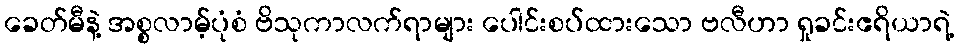
ခေတ်မီနဲ့ အစ္စလာမ့်ပုံစံ ဗိသုကာလက်ရာများ ပေါင်းစပ်ထားသော ဗလီဟာ ရှုခင်းဧရိယာရဲ့